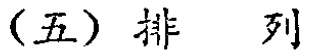
（五）排 列